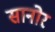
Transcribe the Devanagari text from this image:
सानोर